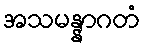
အသမန္နာဂတံ